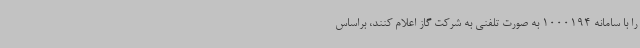
را با سامانه 1000194 به صورت تلفنی به شرکت گاز اعلام کنند، براساس